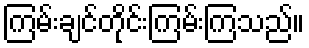
ကြမ်းချင်တိုင်းကြမ်းကြသည်။